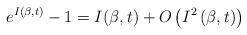
LaTeX: \begin{align*}e^{I(\beta,t)}-1=I(\beta,t)+O\left(I^2\left(\beta,t\right)\right)\end{align*}